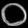
Digit: ၀